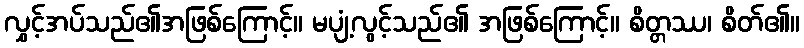
လွှင့်အပ်သည်၏အဖြစ်ကြောင့်။ မပျံ့လွင့်သည်၏ အဖြစ်ကြောင့်။ စိတ္တဿ၊ စိတ်၏။